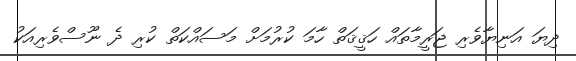
ދިޔަ އަނިޔާވެރި ޖަރީމާތައް ހަޤީޤަތް ހާމަ ކުރުމަށް މަސައްކަތް ކުރި ދެ ނޫސްވެރިއަކު